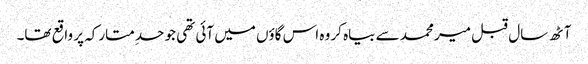
آٹھ سال قبل میر محمد سے بیاہ کر وہ اس گاؤں میں آئی تھی جو حدِ متارکہ پر واقع تھا۔